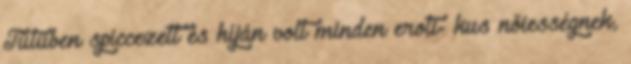
Tütüben spiccezett és híján volt minden eroti- kus nőiességnek,